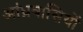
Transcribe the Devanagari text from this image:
आंध्रवासियों